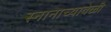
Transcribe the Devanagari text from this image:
स्नानाच्यावेळी